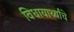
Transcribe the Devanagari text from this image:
विधायार्थ्यांचे